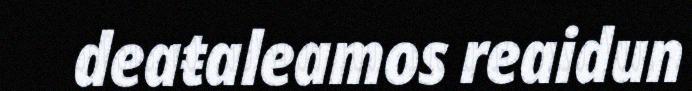
deaŧaleamos reaidun